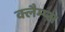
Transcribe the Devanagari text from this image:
क्लैम्प्स